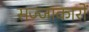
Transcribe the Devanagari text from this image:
सज्जाकारों